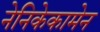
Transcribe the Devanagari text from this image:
नेनिकेकामेन